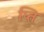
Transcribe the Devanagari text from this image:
प्ति